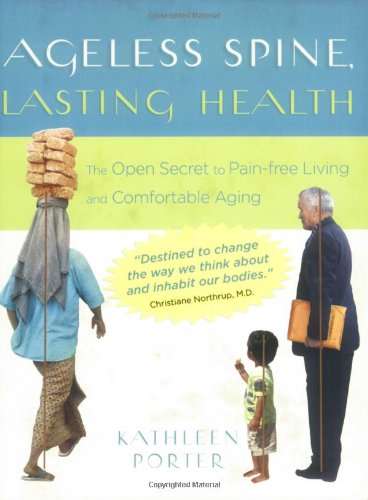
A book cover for Ageless Spine, Lasting Health: The Open Secret to Pain-Free Living and Comfortable Aging; Kathleen Porter; Health, Fitness & Dieting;